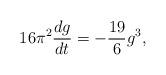
LaTeX: \begin{align*} 16 \pi^{2} \frac{dg}{dt} = - \frac{19}{6} g^{3} ,\end{align*}